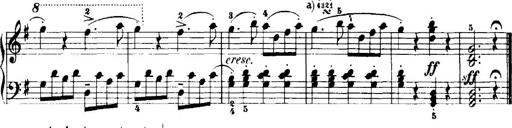
Title: 7 Sonatinas
Composer: Anton Diabelli